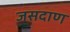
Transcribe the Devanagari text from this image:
जसदाण